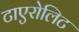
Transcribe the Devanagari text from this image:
टाएरोलिट